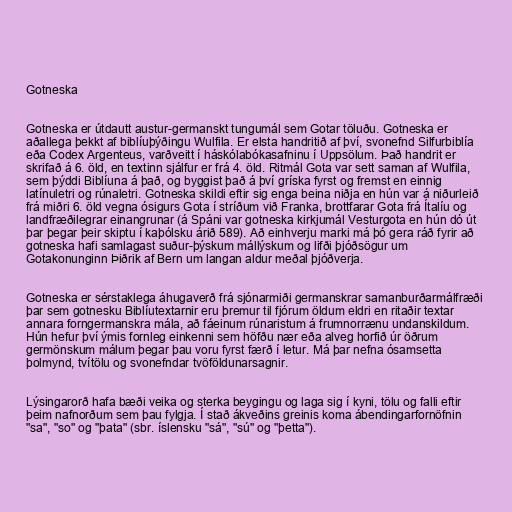
Gotneska

Gotneska er útdautt austur-germanskt tungumál sem Gotar töluðu. Gotneska er
aðallega þekkt af biblíuþýðingu Wulfila. Er elsta handritið af því, svonefnd Silfurbiblía
eða Codex Argenteus, varðveitt í háskólabókasafninu í Uppsölum. Það handrit er
skrifað á 6. öld, en textinn sjálfur er frá 4. öld. Ritmál Gota var sett saman af Wulfila,
sem þýddi Biblíuna á það, og byggist það á því gríska fyrst og fremst en einnig
latínuletri og rúnaletri. Gotneska skildi eftir sig enga beina niðja en hún var á niðurleið
frá miðri 6. öld vegna ósigurs Gota í stríðum við Franka, brottfarar Gota frá Ítalíu og
landfræðilegrar einangrunar (á Spáni var gotneska kirkjumál Vesturgota en hún dó út
þar þegar þeir skiptu í kaþólsku árið 589). Að einhverju marki má þó gera ráð fyrir að
gotneska hafi samlagast suður-þýskum mállýskum og lifði þjóðsögur um
Gotakonunginn Þiðrik af Bern um langan aldur meðal þjóðverja.

Gotneska er sérstaklega áhugaverð frá sjónarmiði germanskrar samanburðarmálfræði
þar sem gotnesku Biblíutextarnir eru þremur til fjórum öldum eldri en ritaðir textar
annara forngermanskra mála, að fáeinum rúnaristum á frumnorrænu undanskildum.
Hún hefur því ýmis fornleg einkenni sem höfðu nær eða alveg horfið úr öðrum
germönskum málum þegar þau voru fyrst færð í letur. Má þar nefna ósamsetta
þolmynd, tvítölu og svonefndar tvöföldunarsagnir.

Lýsingarorð hafa bæði veika og sterka beygingu og laga sig í kyni, tölu og falli eftir
þeim nafnorðum sem þau fylgja. Í stað ákveðins greinis koma ábendingarfornöfnin
"sa", "so" og "þata" (sbr. íslensku "sá", "sú" og "þetta").